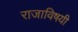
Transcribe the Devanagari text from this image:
राजाविषयी